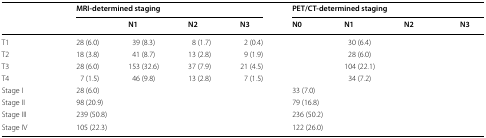
<table><thead><tr><td rowspan="2">[EMPTY_CELL]</td><td colspan="4"><b>MRI-determined staging</b></td><td colspan="4"><b>PET/CT-determined staging</b></td></tr><tr><td>[EMPTY_CELL]</td><td><b>N1</b></td><td><b>N2</b></td><td><b>N3</b></td><td><b>N0</b></td><td><b>N1</b></td><td><b>N2</b></td><td><b>N3</b></td></tr></thead><tbody><tr><td>T1</td><td>28 (6.0)</td><td>39 (8.3)</td><td>8 (1.7)</td><td>2 (0.4)</td><td>[EMPTY_CELL]</td><td>30 (6.4)</td><td>[EMPTY_CELL]</td><td>[EMPTY_CELL]</td></tr><tr><td>T2</td><td>18 (3.8)</td><td>41 (8.7)</td><td>13 (2.8)</td><td>9 (1.9)</td><td>[EMPTY_CELL]</td><td>28 (6.0)</td><td>[EMPTY_CELL]</td><td>[EMPTY_CELL]</td></tr><tr><td>T3</td><td>28 (6.0)</td><td>153 (32.6)</td><td>37 (7.9)</td><td>21 (4.5)</td><td>[EMPTY_CELL]</td><td>104 (22.1)</td><td>[EMPTY_CELL]</td><td>[EMPTY_CELL]</td></tr><tr><td>T4</td><td>7 (1.5)</td><td>46 (9.8)</td><td>13 (2.8)</td><td>7 (1.5)</td><td>[EMPTY_CELL]</td><td>34 (7.2)</td><td>[EMPTY_CELL]</td><td>[EMPTY_CELL]</td></tr><tr><td>Stage I</td><td colspan="4">28 (6.0)</td><td colspan="4">33 (7.0)</td></tr><tr><td>Stage II</td><td colspan="4">98 (20.9)</td><td colspan="4">79 (16.8)</td></tr><tr><td>Stage III</td><td colspan="4">239 (50.8)</td><td colspan="4">236 (50.2)</td></tr><tr><td>Stage IV</td><td colspan="4">105 (22.3)</td><td colspan="4">122 (26.0)</td></tr></tbody></table>